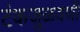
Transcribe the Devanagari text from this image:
टंकजुळवणी